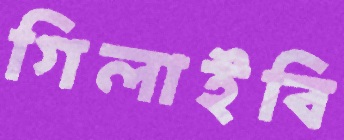
গিলাইবি